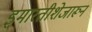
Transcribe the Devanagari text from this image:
इमारतीशेजारून